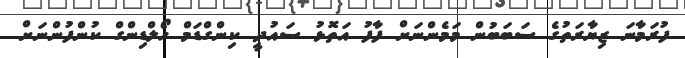
ފުރަމާނަ ޒިޔާރަތުގެ ސަބަބުން މަމެންނަށް ފާފު އަތޮޅު ސައުދީ ކިންގްޑަމް ހޯލްޑިންގް ކުންފުންނަށް